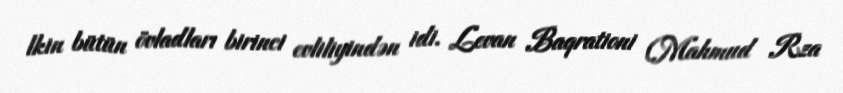
lkin bütün övladları birinci evliliyindən idi. Levan Baqrationi (Mahmud Rza